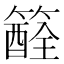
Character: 𥵏